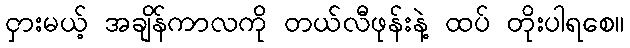
ငှားမယ့် အချိန်ကာလကို တယ်လီဖုန်းနဲ့ ထပ် တိုးပါရစေ။